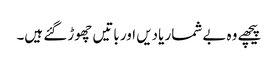
پیچھے وہ بے شمار یادیں اور باتیں چھوڑ گئے ہیں۔